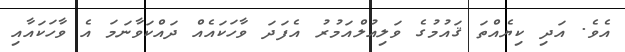
އެވެ. އަދި ކިޔެއްތަ ޤައުމުގެ ވަލިއުލްއަމުރު އެފަދަ ވާހަކައެއް ދައްކަވާނަމަ އެ ވާހަކައާއި